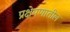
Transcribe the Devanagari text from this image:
प्रक्षेपणातील